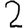
Digit: 2